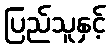
ပြည်သူနှင့်